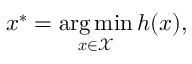
\boldsymbol { x } ^ { * } = \operatorname * { a r g \, m i n } _ { \boldsymbol { x } \in \mathcal { X } } h ( \boldsymbol { x } ) ,